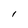
Character: I